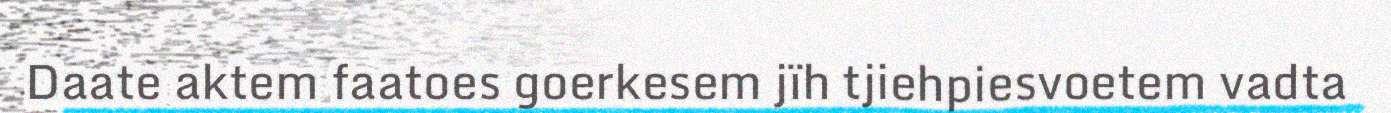
Daate aktem faatoes goerkesem jïh tjiehpiesvoetem vadta